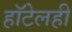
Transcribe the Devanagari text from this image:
हॉटेलही